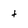
Character: t